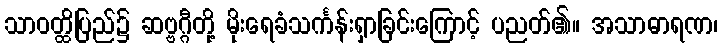
သာဝတ္ထိပြည်၌ ဆဗ္ဗဂ္ဂီတို့ မိုးရေခံသင်္ကန်းရှာခြင်းကြောင့် ပညတ်၏။ အသာဓာရဏ၊